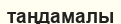
таңдамалы